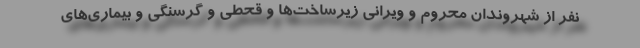
نفر از شهروندان محروم و ویرانی زیرساخت‌ها و قحطی و گرسنگی و بیماری‌های